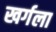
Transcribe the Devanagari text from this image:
खर्गला